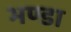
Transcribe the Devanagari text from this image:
भण्डा